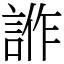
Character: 𧧻